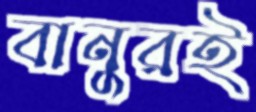
বানুরই